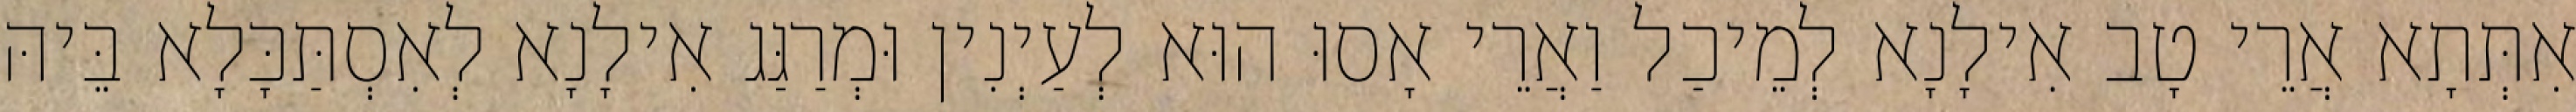
אִתְּתָא אֲרֵי טָב אִילָנָא לְמֵיכַל וַאֲרֵי אָסוּ הוּא לְעַיְנִין וּמְרַגַּג אִילָנָא לְאִסְתַּכָּלָא בֵּיהּ